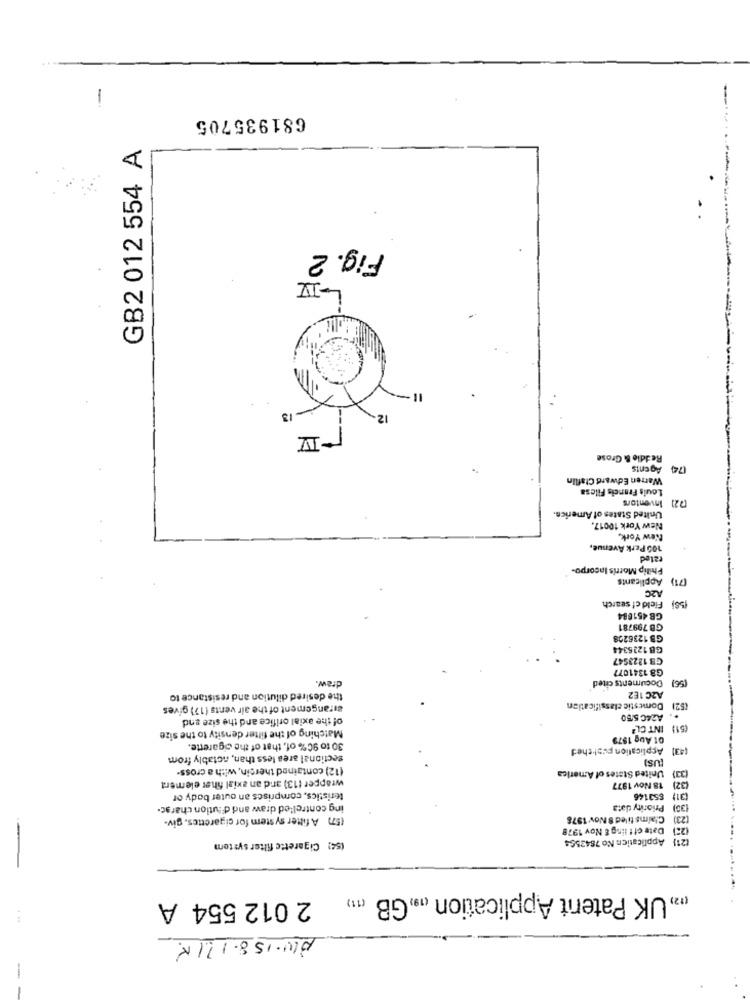
-
681935705
GB2 012 554 A
Fig. 2
L-III
- 13
12
Reddie & Grose
(74) Agents
Warren Edward Claflin
Louis Francis Filesa
(72) Inventors
United States of America.
New York 10017.
New York,
100 Perk Avenue,
rated
Philip Morris Incorpo-
Applicants
(71)
A2C
Field cf search
(56)
GB 451684
GB 799781
GB 1236208
GB 1225344
GB 1223547
G8 1341077
Documents cited
draw.
(SE)
the desired dilution and resistance to
A2C 1E2
arrangement of the air vents (17) gives
(52) Domestic classification
of the axial orifice and the size and
A24C 550
INT CL*
(51)
Matching of the filter density to the size
01 Aug 1879
30 to 90% of, that of the cigarette.
Application puat thed
(43)
Sectional area less than, notably from
[US)
(12) contained thersin, with a cross-
United States of America
(33)
wrapper (13) and an axial fiher elemera
18 Nov 1977
(32)
teristics, comprises an outer body or
(31) $53146
ing contrel'ed draw and dilution charac.
130) Priority data
(57) A filter system for cigarettes. giv-
(23) Claims tiled 8 Nov 1978
Date off ling & Nov 1978
(21) Application No 7843564
(54) Cigarette filter system
„UK Patent Application (19,GB (11)
2 012 554 A
4 .4
AW.15 8.11.1 K
-